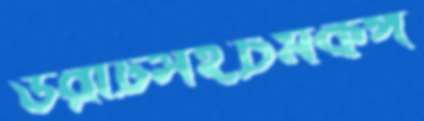
ভরাটসহচমকপ